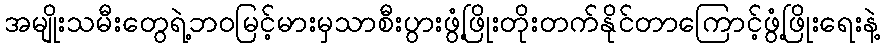
အမျိုးသမီးတွေရဲ့ဘဝမြင့်မားမှသာစီးပွားဖွံ့ဖြိုးတိုးတက်နိုင်တာကြောင့်ဖွံ့ဖြိုးရေးနဲ့